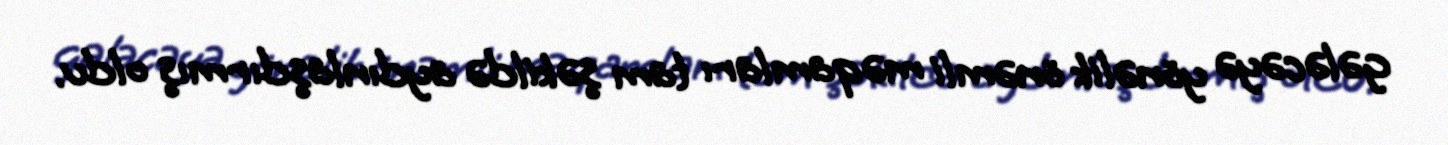
gələcəyə yönəlik önəmli məqamları tam şəkildə aydınlaşdırmış oldu.